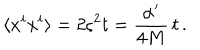
LaTeX: \langle x ^ { i } x ^ { i } \rangle = 2 \varsigma ^ { 2 } t = \frac { \alpha ^ { \prime } } { 4 M } \, t \, .